Indian journal of veterinary science and animal husbandry - Volumes 22-23, 1952-1953
Year: 1952
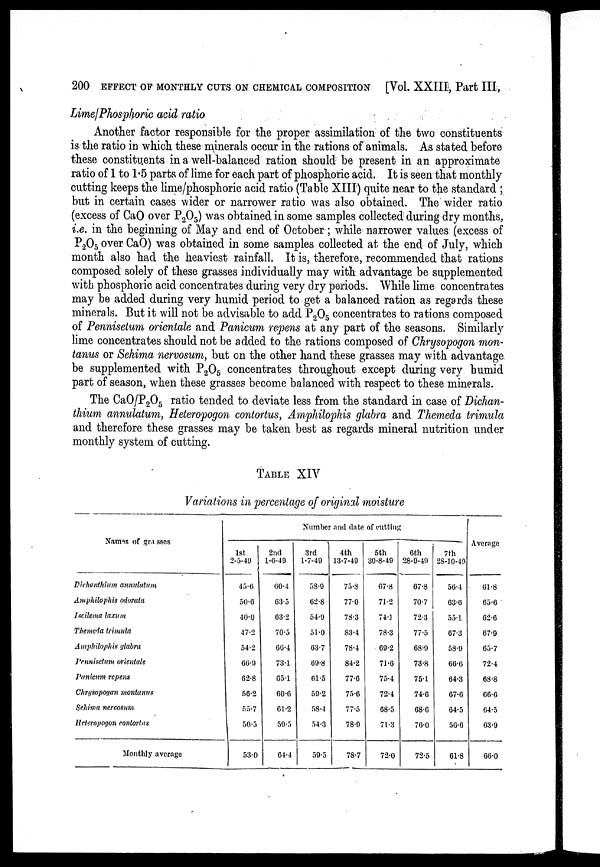
200 EFFECT OF MONTHLY CUTS ON CHEMICAL COMPOSITION [Vol. XXIII, Part III,
Lime/Phosphoric acid ratio
Another factor responsible for the proper assimilation of the two constituents
is the ratio in which these minerals occur in the rations of animals. As stated before
these constituents in a well-balanced ration should be present in an approximate
ratio of 1 to 1.5 parts of lime for each part of phosphoric acid. It is seen that monthly
cutting keeps the lime/phosphoric acid ratio (Table XIII) quite near to the standard ;
but in certain cases wider or narrower ratio was also obtained. The wider ratio
(excess of CaO over P 2 O 5 ) was obtained in some samples collected during dry months,
i.e. in the beginning of May and end of October ; while narrower values (excess of
P 2 O 5 over CaO) was obtained in some samples collected at the end of July, which
month also had the heaviest rainfall. It is, therefore, recommended that rations
composed solely of these grasses individually may with advantage be supplemented
with phosphoric acid concentrates during very dry periods. While lime concentrates
may be added during very humid period to get a balanced ration as regards these
minerals. But it will not be advisable to add P 2 0 5 concentrates to rations composed
of Pennisetum orientale and Panicum repens at any part of the seasons. Similarly
lime concentrates should not be added to the rations composed of Chrysopogon mon
tanus or Sehima nervosum, but on the other hand these grasses may with advantage
be supplemented with P 2 0 5 concentrates throughout except during very humid
part of season, when these grasses become balanced with respect to these minerals.
The CaO/P 2 O 5 ratio tended to deviate less from the standard in case of Dichan
thium annulatum, Heteropogon contortus, Amphilophis glabra and Themeda trimula
and therefore these grasses may be taken best as regards mineral nutrition under
monthly system of cutting.
TABLE XIV
Variations in percentage of original moisture
Names of gra sses
Diehanthium
annulatum
Amphilophis
odarata
Iseilema laxum
Themeda trimula
Amphilophis
glabra
Pennisetum orientale
Panicum repens
Chrysopogan
montanus
Sehima nervosum
Heteropogon contortus
Monthly average
Number and date of cutting
1st
2-5-49
45.6
50.6
40.0
47.2
54.2
66.9
62.8
56.2
55.7
50.5
53.0
2nd
1-6-49
60.4
63.5
63.2
70.5
66.4
73.1
65.1
60.6
61.2
59.5
64.4
3rd
1-7-49
58.9
62.8
54.9
51.0
63.7
69.8
61.5
59.2
58.4
54.3
59.5
4th
13-7-49
75.8
77.0
78.3
83.4
78.4
84.2
77.6
75.6
77.5
78.9
78.7
5th
39-8-49
67.8
71.2
74.1
78.3
69.2
71.6
75.4
72.4
68.5
71.3
72.0
6th
28-9-49
67.8
70.7
72.3
77.5
68.9
73.8
75.1
74.6
68.6
76.0
72.5
7th
28-10-49
56.4
63.6
55.1
67.3
58.9
66.6
64.3
67.6
64.5
56.6
61.8
Average
61.8
65.6
62.6
67.9
65.7
72.4
68.8
66.6
64.5
63.9
66.0